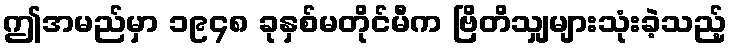
ဤအမည်မှာ ၁၉၄၈ ခုနှစ်မတိုင်မီက ဗြိတိသျှများသုံးခဲ့သည့်